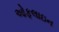
ઓફલાઇન